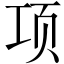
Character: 项